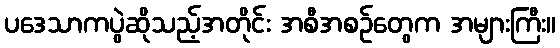
ပဒေသာကပွဲဆိုသည့်အတိုင်း အစီအစဉ်တွေက အများကြီး။